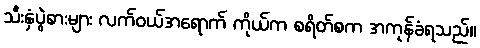
သီးနှံပွဲစားများ လက်ဝယ်အရောက် ကိုယ်က စရိတ်စက အကုန်ခံရသည်။